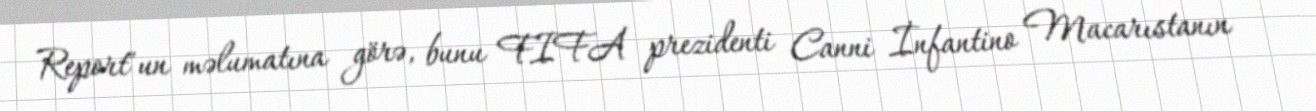
Report"un məlumatına görə, bunu FIFA prezidenti Canni İnfantino Macarıstanın